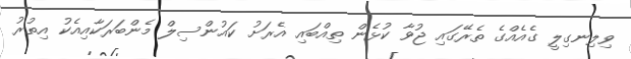
ވިލިނގިލީ ގެއެއްގެ ތެރޭގައި ޖުވާ ކުޅެން ތިއްބައި އެރަށު ކައުންސިލް މެންބަރަކާއިއެކު އިތުރު